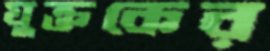
যুক্তকের